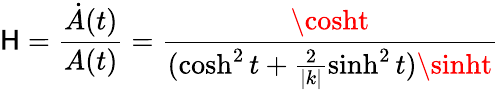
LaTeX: \mathsf{H}=\frac{{\dot{{A}}(t)}}{{A(t)}}=\frac{{\cosht}}{{(\cosh^{2}t+\frac{{2}}{{|k|}}\sinh^{2}t)\sinht}}